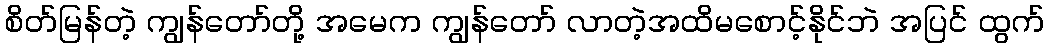
စိတ်မြန်တဲ့ ကျွန်တော်တို့ အမေက ကျွန်တော် လာတဲ့အထိမစောင့်နိုင်ဘဲ အပြင် ထွက်